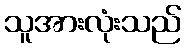
သူအားလုံးသည်